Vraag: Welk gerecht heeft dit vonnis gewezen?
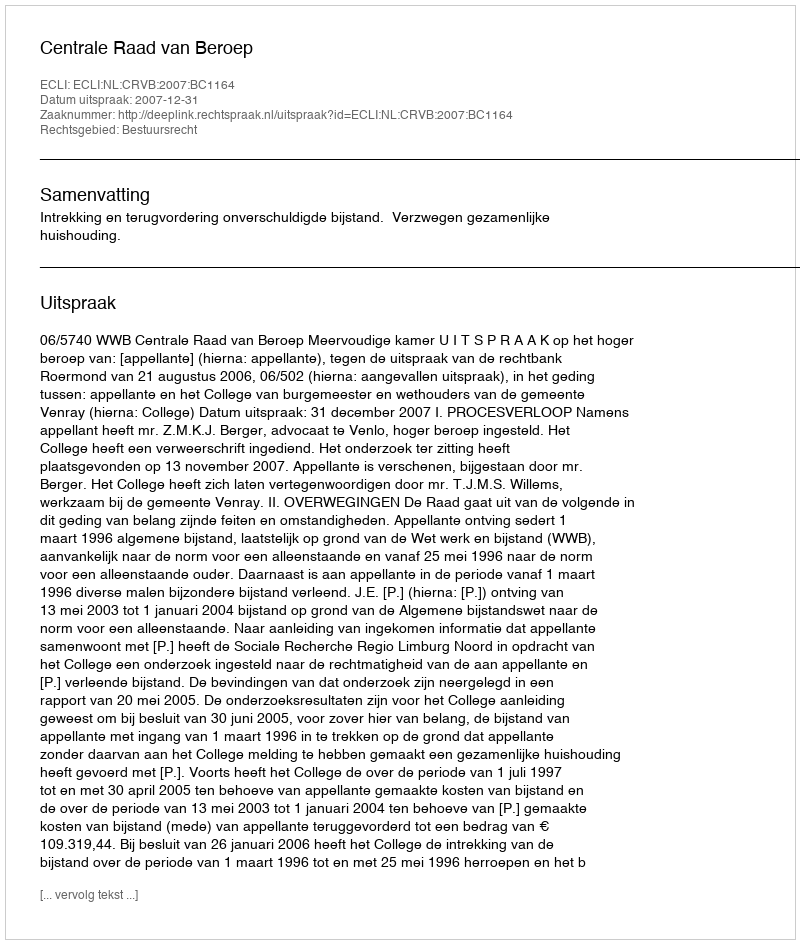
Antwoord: Centrale Raad van Beroep